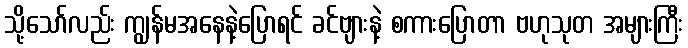
သို့သော်လည်း ကျွန်မအနေနဲ့ပြောရင် ခင်ဗျားနဲ့ စကားပြောတာ ဗဟုသုတ အများကြီး